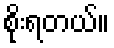
စိုးရတယ်။